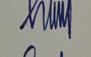
Signature authenticity: genuine